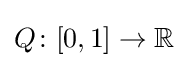
Q\colon [0,1]\to \mathbb {R}